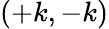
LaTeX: (+k,-k)